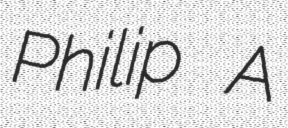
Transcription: Philip A